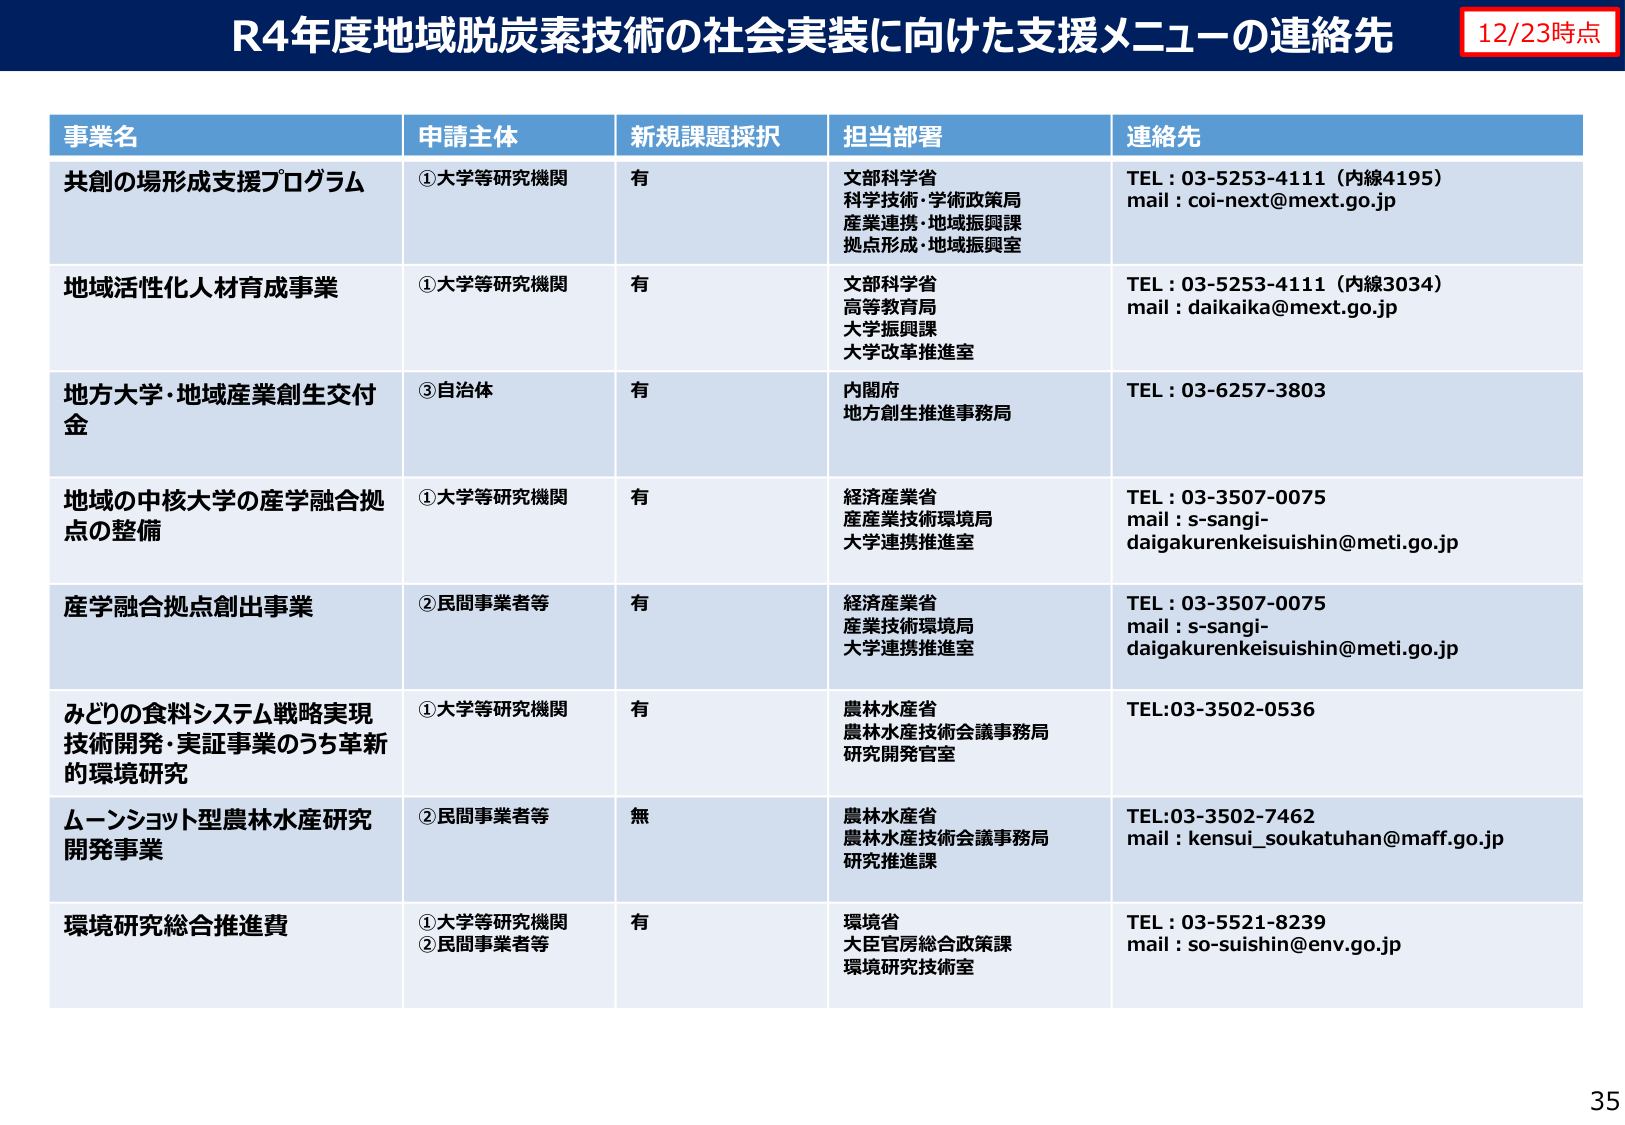
R4年度地域脱炭素技術の社会実装に向けた支援メニューの連絡先
12/23時点

事業名 申請主体 新規課題採択 担当部署 連絡先

共創の場形成支援プログラム ①大学等研究機関 有 文部科学省 科学技術・学術政策局 産業連携・地域振興課 拠点形成・地域振興室 TEL：03-5253-4111（内線4195） mail：coi-next@mext.go.jp

地域活性化人材育成事業 ①大学等研究機関 有 文部科学省 高等教育局 大学振興課 大学改革推進室 TEL：03-5253-4111（内線3034） mail：daikaika@mext.go.jp

地方大学・地域産業創生交付金 ③自治体 有 内閣府 地方創生推進事務局 TEL：03-6257-3803

地域の中核大学の産学融合拠点の整備 ①大学等研究機関 有 経済産業省 産業技術環境局 大学連携推進室 TEL：03-3507-0075 mail：s-sangi-daigakurenkeisuishin@meti.go.jp

産学融合拠点創出事業 ②民間事業者等 有 経済産業省 産業技術環境局 大学連携推進室 TEL：03-3507-0075 mail：s-sangi-daigakurenkeisuishin@meti.go.jp

みどりの食料システム戦略実現技術開発・実証事業のうち革新的環境研究 ①大学等研究機関 有 農林水産省 農林水産技術会議事務局 研究開発官室 TEL:03-3502-0536

ムーンショット型農林水産研究開発事業 ②民間事業者等 無 農林水産省 農林水産技術会議事務局 研究推進課 TEL:03-3502-7462 mail：kensui_soukatuhan@maff.go.jp

環境研究総合推進費 ①大学等研究機関 ②民間事業者等 有 環境省 大臣官房総合政策課 環境研究技術室 TEL：03-5521-8239 mail：so-suishin@env.go.jp

35